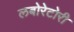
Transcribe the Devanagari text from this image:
लबोरेटोरी